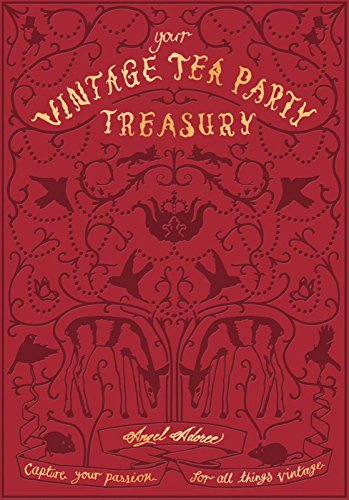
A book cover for Vintage Tea Party Treasury: Capture Your Passion for all Things Vintage; Angel Adoree; Cookbooks, Food & Wine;